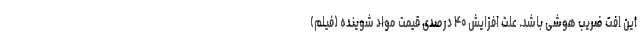
این افت ضریب هوشی باشد. علت افزایش ۴۰ درصدی قیمت مواد شوینده (فیلم)